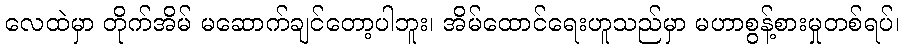
လေထဲမှာ တိုက်အိမ် မဆောက်ချင်တော့ပါဘူး၊ အိမ်ထောင်ရေးဟူသည်မှာ မဟာစွန့်စားမှုတစ်ရပ်၊